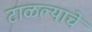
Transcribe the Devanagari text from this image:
टाळल्याचे